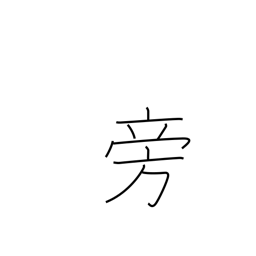
Meaning: at same time